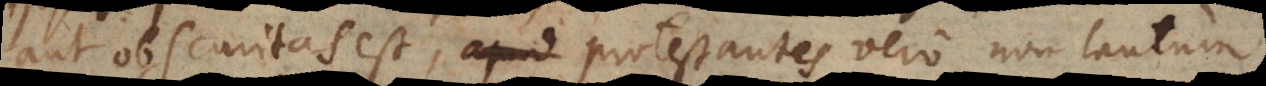
aut obscuritas est, protestantes vero non tantum